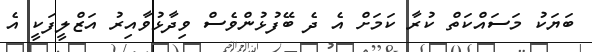
ބަޔަކު މަސައްކަތް ކުރާ ކަމަށް އެ ދެ ބޭފުޅުންވެސް ވިދާޅުވާއިރު އަޒްލީފަކީ އެ